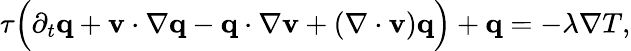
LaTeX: \begin{array}{r}{\tau\Big(\partial_{t}\mathbf q+\mathbf v\cdot\nabla\mathbf q-\mathbf q\cdot\nabla\mathbf v+(\nabla\cdot\mathbf v)\mathbf q\Big)+\mathbf q=-\lambda\nabla T,}\end{array}